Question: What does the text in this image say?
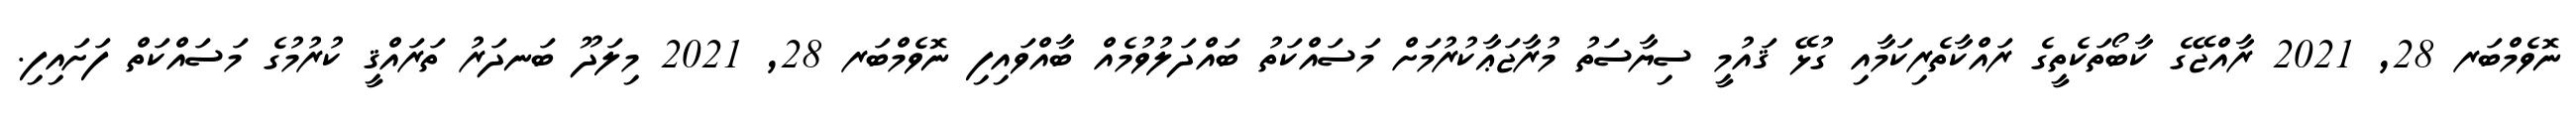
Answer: ނޮވެމްބަރ 28, 2021 ރާއްޖޭގެ ކާބޯތަކެތީގެ ރައްކާތެރިކަމާއި ގުޅޭ ޤައުމީ ސިޔާސަތު މުރާޖަޢާކުރުމަށް މަސައްކަތު ބައްދަލުވުމެއް ބާއްވައިފި ނޮވެމްބަރ 28, 2021 މިލަދޫ ބަނދަރު ތަރައްޤީ ކުރުމުގެ މަސައްކަތް ފަށައިފި.